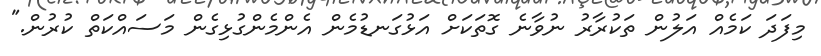
މިފަދަ ކަމެއް އަލުން ތަކުރާރު ނުވާނެ ގޮތަކަށް އަޅުގަނޑުމެން އެންމެންގުޅިގެން މަސައްކަތް ކުރުން."